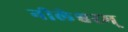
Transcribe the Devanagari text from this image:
नीलेश्वरम्